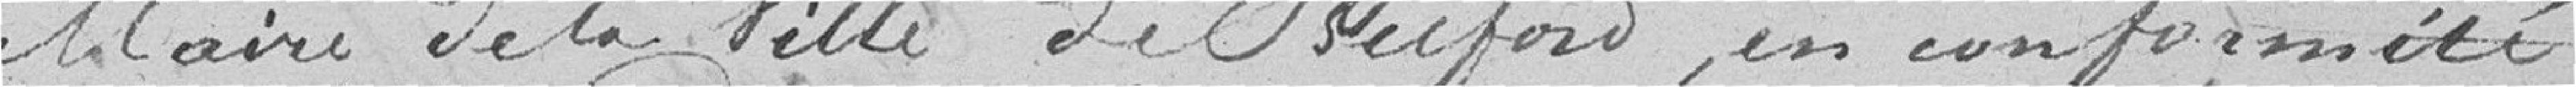
Maire de la Ville de Belfort, en conformité